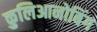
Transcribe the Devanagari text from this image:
कुलिआनोबिंग